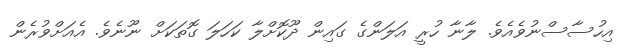
އިހުސާސްނުވެއެވެ. ލާނާ ހުރީ އަލަންގެ ގައިން ދޫކޮށްލާ ކަހަލަ ގޮތަކަށް ނޫނެވެ. އެއަށްވުރެން